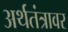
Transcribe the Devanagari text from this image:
अर्थतंत्रावर